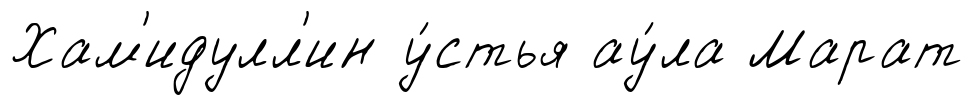
Хам'идулл'ин у́стья ау́ла Марат